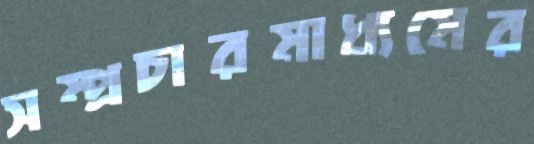
সম্প্রচারমাধ্যমের